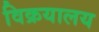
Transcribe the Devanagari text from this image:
विक्रयालय